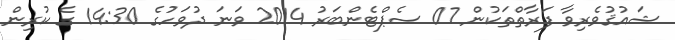
ޝައުޤުވެރިވާ ފަރާތްތަކުން 07 ސެޕްޓެންބަރު 2014 ވަނަ ދުވަހުގެ 14:30 ގެ ކުރިން